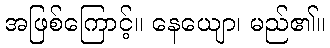
အဖြစ်ကြောင့်။ နေယျော၊ မည်၏။